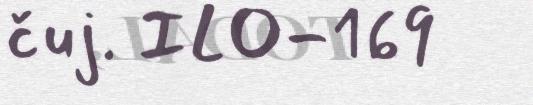
čuj. ILO-169